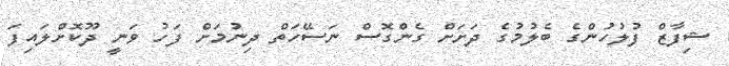
ޝިފާޒް ފުލުހުންގެ ބެލުމުގެ ދަށަށް ގެންގޮސް ނަސޭހަތް ދިނުމަށް ފަހު ވަނީ ދޫކޮށްލައިފަ